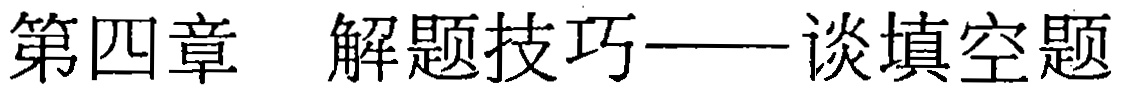
第四章 解题技巧——谈填空题